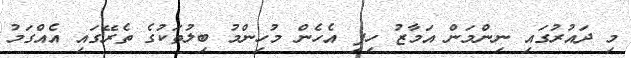
މި ދައުރުގައި ނިންމަން އަމާޒު ހިފި އެހެން މުހިންމު ބިލުތަކުގެ ތެރޭގައި އެއްގަމު